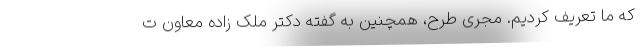
که ما تعریف کردیم. مجری طرح، همچنین به گفته دکتر ملک زاده معاون ت